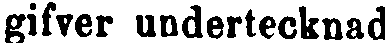
gifver undertecknad